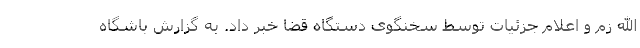
الله زم و اعلام جزئیات توسط سخنگوی دستگاه قضا خبر داد. به گزارش باشگاه